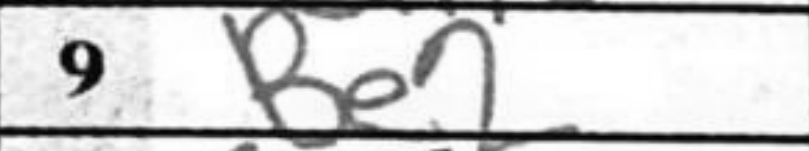
Transcription: Be2